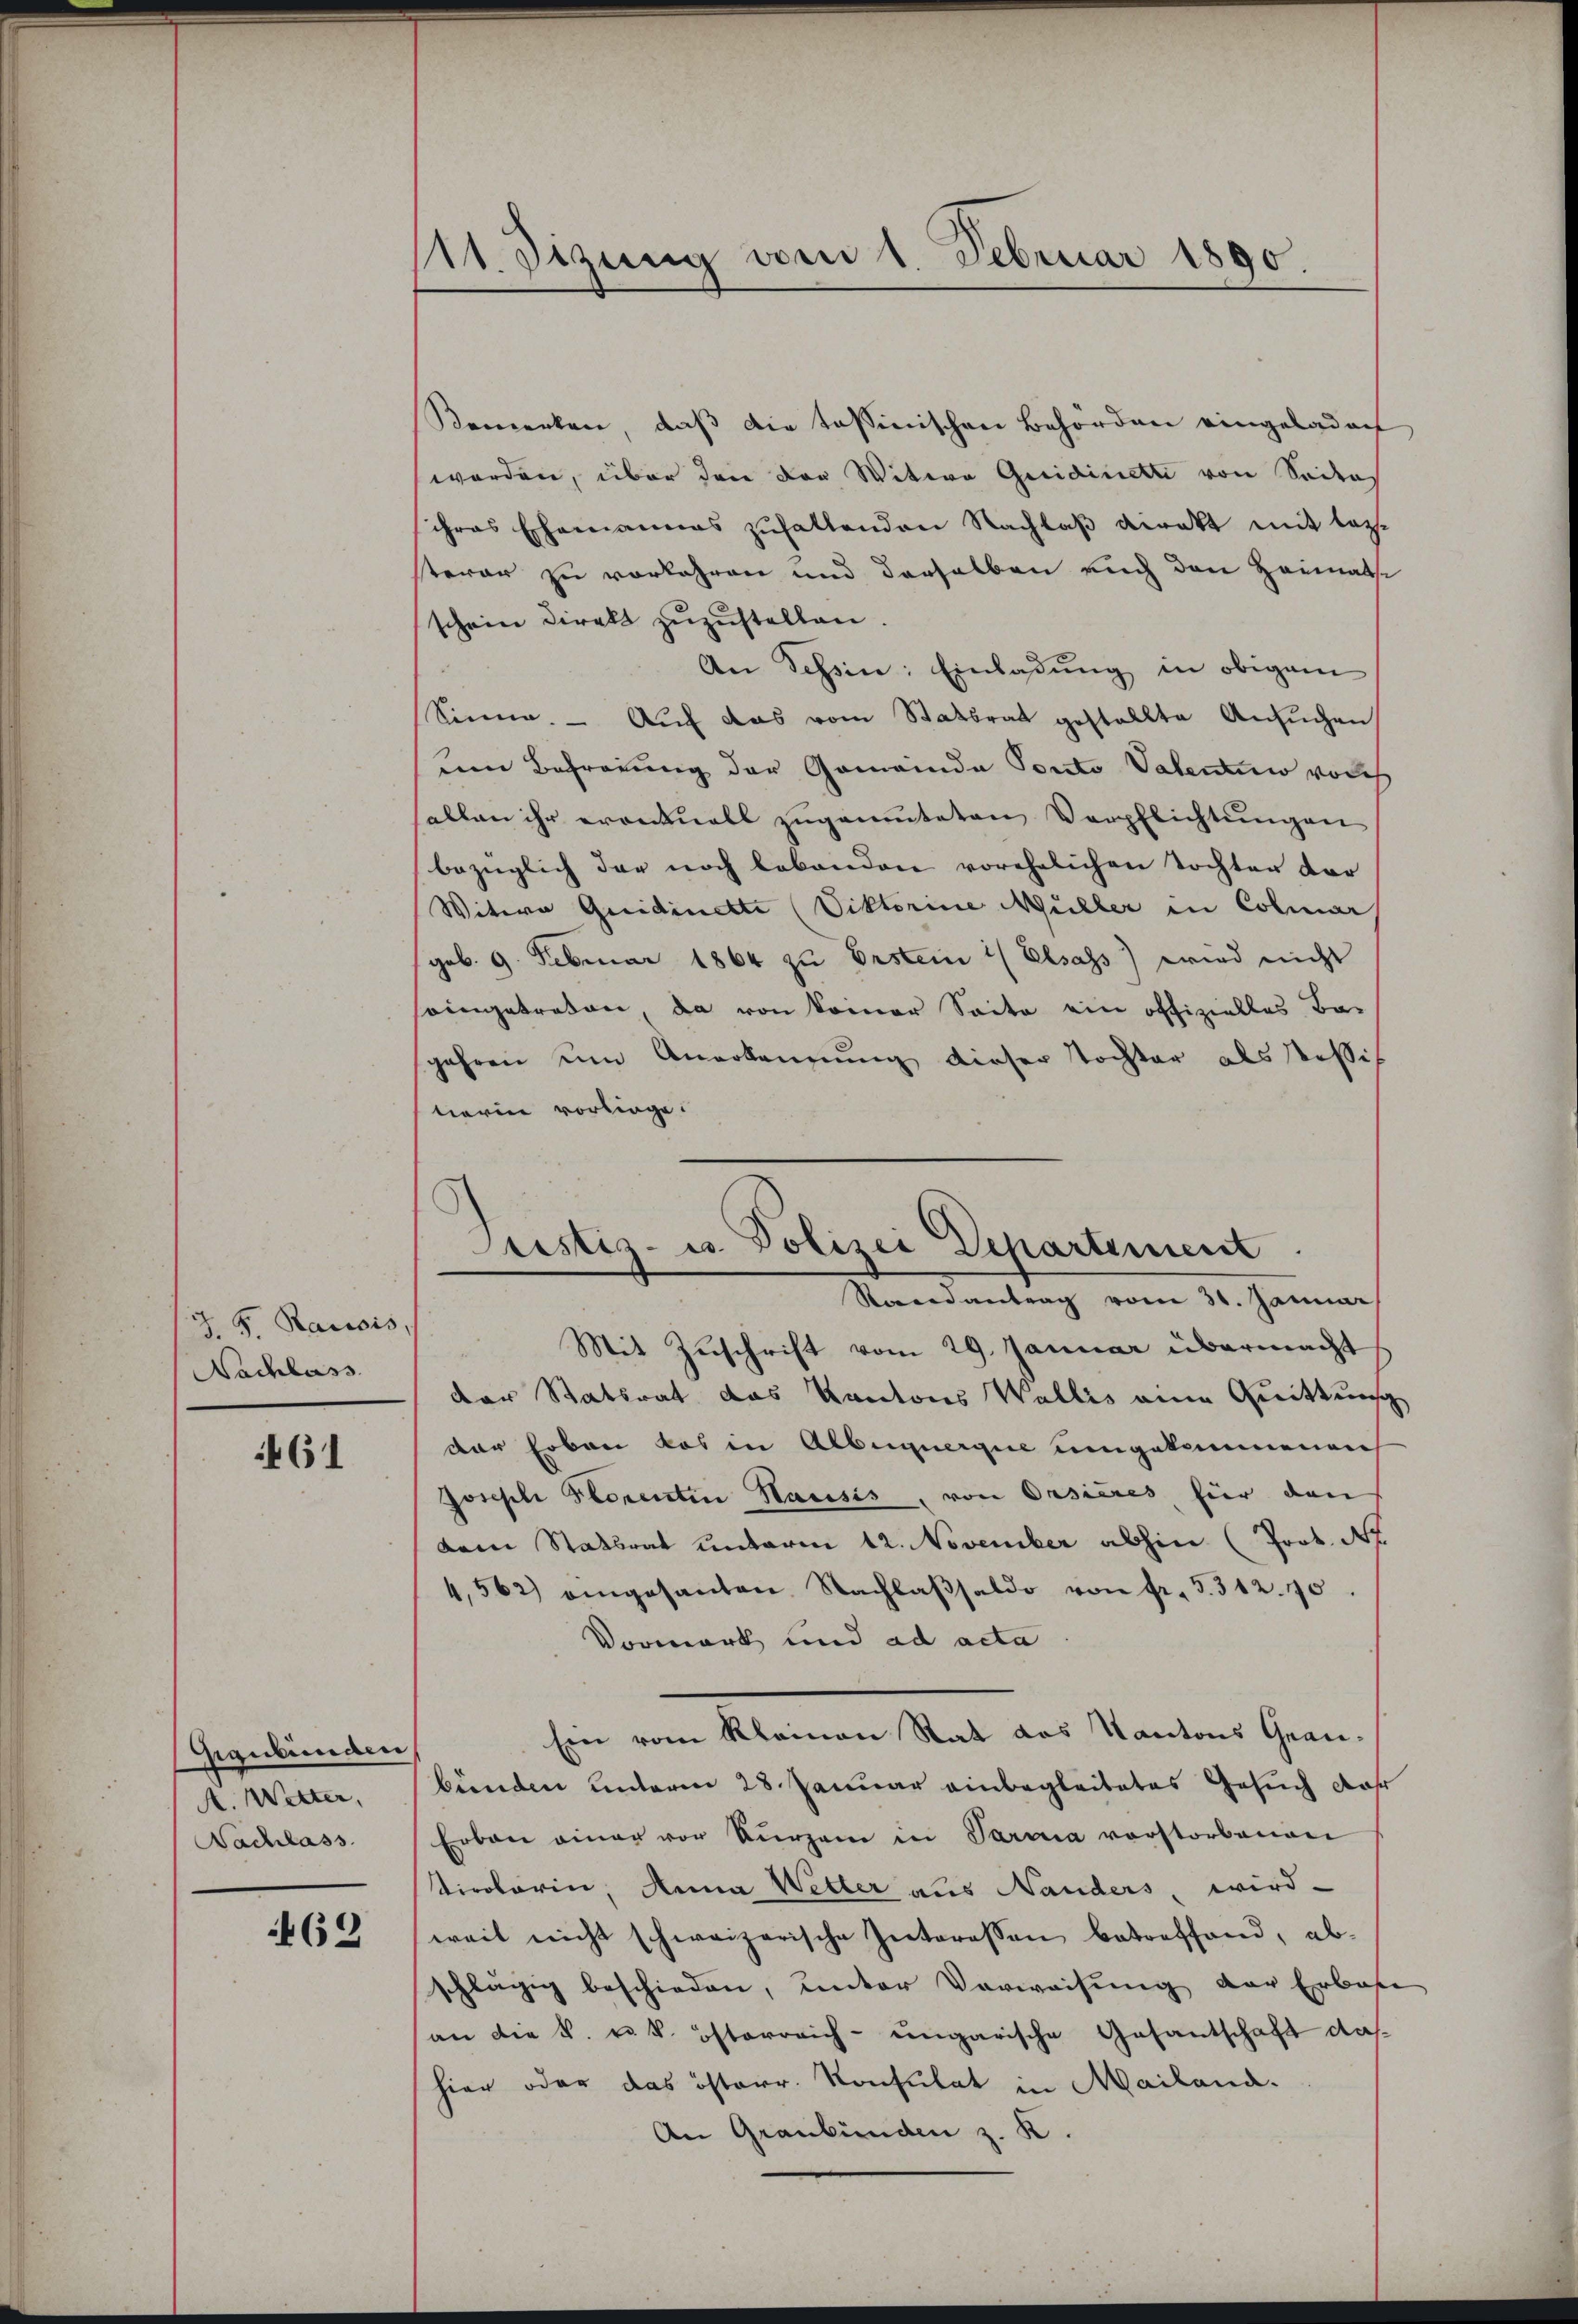
J. F. Raisis,
Nachlass

461

Gegubünden,
A. Wetter,
Nachlass

69

11. Sizung vom 1. Februar 1890

Bemerken, daβ die tessinischen Behörden eingeladen
werden, über den der Witwe Quidirett von Seites
ihres Ehemannes zuhaltenden Nachlaß direkt mit lezsterer zu verlohren und derselben auch den Heimatse
schein Direkt zuzustellen
An Tessin: Einladung in obigem
Sinne. — Auf das vom Stattrat gestellte Ansuchen
tene Befrauung der Gemeinde Ponto Valentin vorh
allen ihr erontuell zugemuteten Verpflichtungen
bezüglich der noch lebenden vorehelichen Tochter der
Witwe Quidinette (Viktorine Müller in Colmar
geb. 9. Februar 1864 zu Erstein Elsass) wird nicht
seingetreten, da von keiner Seite ein offizielles Be-
jahren um Anerkennung dieser Tochter als Tessis
tieren vorliege.
Mit Zuschrift vom 29. Januar übermacht
der Statsrat das Kantons Wallis eine Quittung
der hoben das in Albumnergie umgekommenen
Joseph Florentin Hausis, von Orsieres für den
dem Statsrat unterm 12. November abhin (Prot. Nr.
4,562) eingesanten Nachlaβsaldo von fr. 5312. 70
Vormark und ad acta
Ein vom Kleinen Rat das Kantons Grau-
bünden unterm 28. Januar einbegleitetes Gesuch Jahr
Erbau einer vor kurzen in Varia vorstorbenen
tirolerin, Anna Wetter aus Nanders, wird
weit nicht schweizerische Interessen betreffend, ab-
schlägig beschieden, unter Vorweisŭng der Erbase
an die k. k. k. österreich-ungarische Gesantschaft das
hier oder das österr. Konsulat in Mailand.
An Graubünden z. K.

Justiz- u. Polizei Departement
Randantrag vom 31. Januar